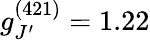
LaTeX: g_{J^{\prime}}^{(421)}=1.22